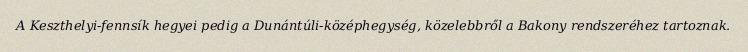
A Keszthelyi-fennsík hegyei pedig a Dunántúli-középhegység, közelebbről a Bakony rendszeréhez tartoznak.